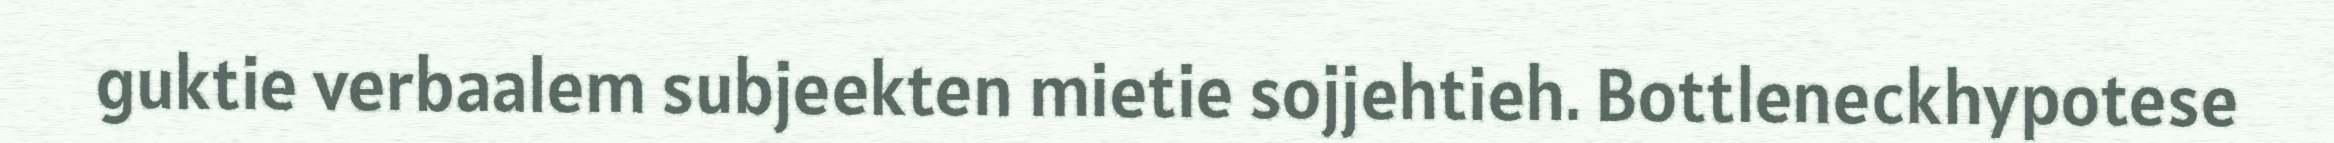
guktie verbaalem subjeekten mietie sojjehtieh. Bottleneckhypotese